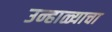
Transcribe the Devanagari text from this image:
उन्हाळ्याचा